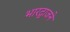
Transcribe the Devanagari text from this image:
भारद्वाजने